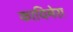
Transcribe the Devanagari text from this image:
कायिमेरा